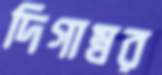
দিগাম্বর